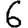
Digit: 6